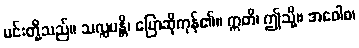
မင်းတို့သည်။ သလ္လပန္တိ၊ ပြောဆိုကုန်၏။ ဣတိ၊ ဤသို့။ အဝေါစ၊